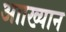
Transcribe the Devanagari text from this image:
आाख्यान